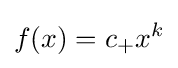
f(x)=c_{+}x^{k}